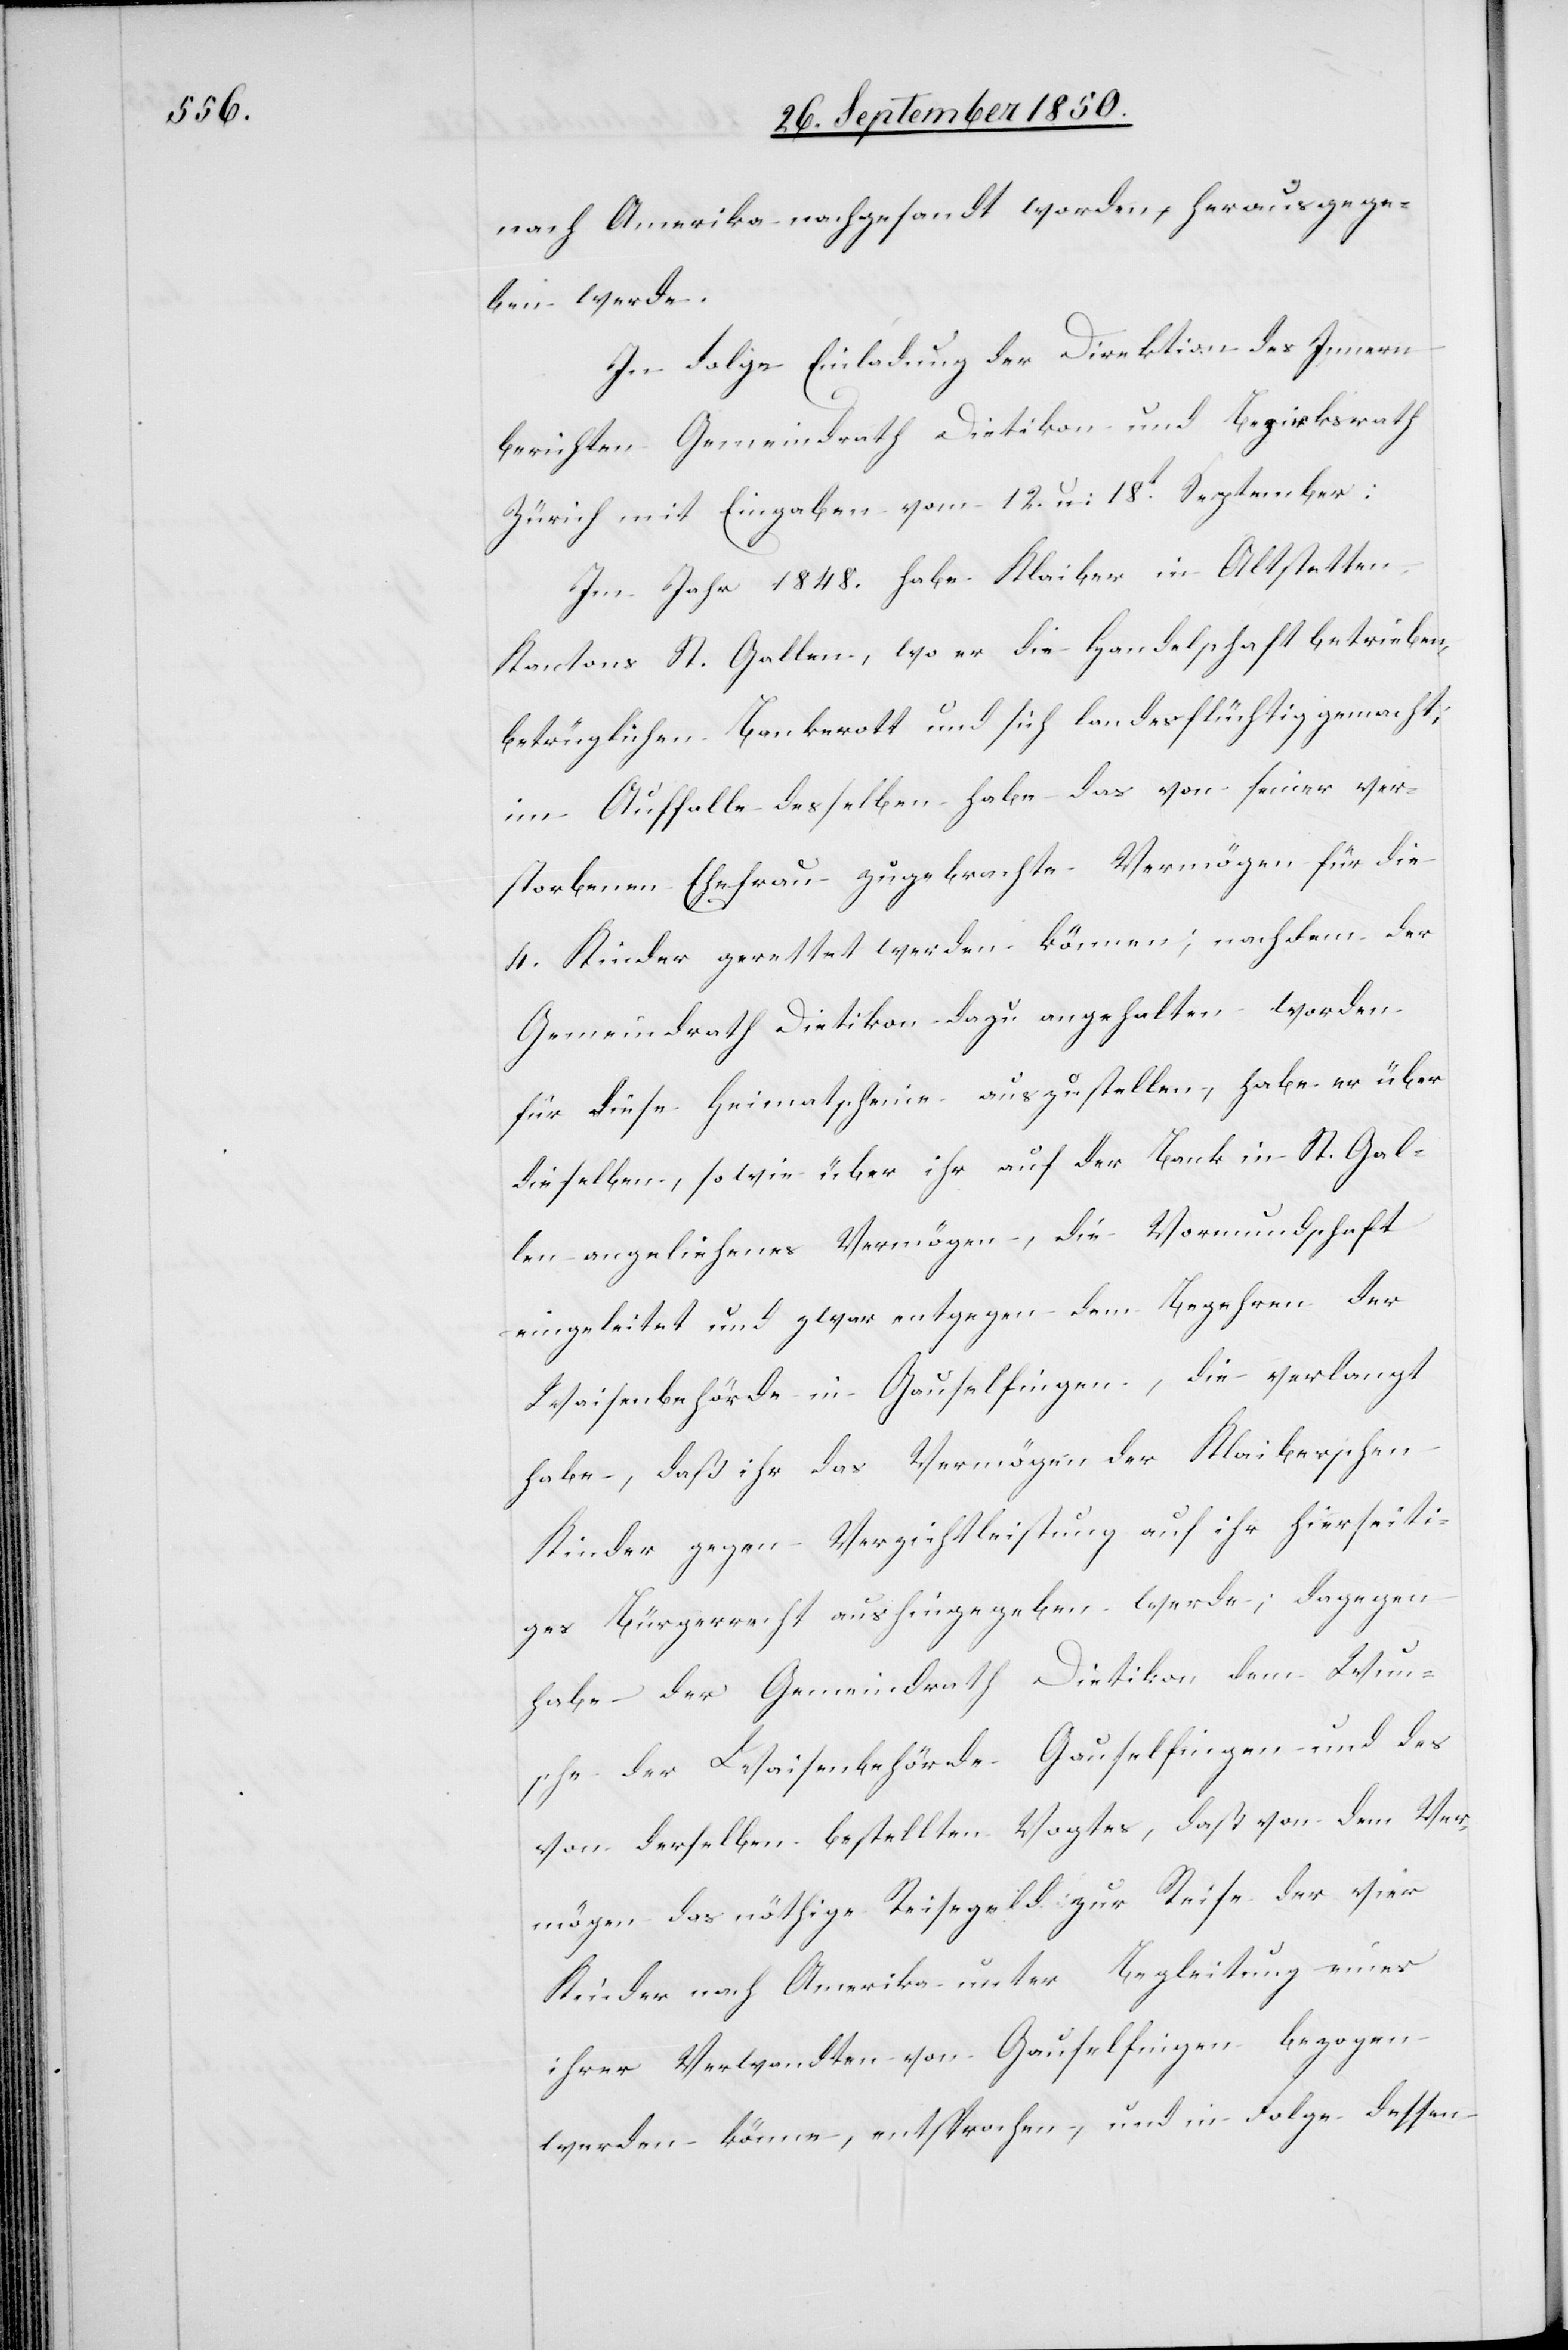
nach Amerika nachgesandt worden, herausgege¬
ben werde.
In Folge Einladung der Direktion des Innern
berichten Gemeindrath Dietikon und Bezirksrath
Zürich mit Eingaben vom 12. u: 18t September:
Im Jahr 1848. habe Klaiber in Altstetten
Kantons St. Gallen, wo er die Handelschaft betrieben,
betrüglichen Bankerott und sich landesflüchtig gemacht;
im Auffalle desselben habe das von seiner ver¬
storbenen Ehefrau zugebrachte Vermögen für die
4. Kinder gerettet werden können; nachdem der
Gemeindrath Dietikon dazu angehalten worden
für diese Heimatscheine auszustellen, habe er über
dieselben, so wie über ihr auf der Bank in St. Gal¬
len angeliehenes Vermögen, die Vormundschaft
eingeleitet und zwar entgegen dem Begehren der
Waisenbehörde in Gauselfingen, die verlangt
habe, daß ihr das Vermögen der Klaiberschen
Kinder gegen Verzichtleistung auf ihr hierseiti¬
ges Bürgerrecht aushingegeben werde; dagegen
habe der Gemeindrath Dietikon dem Wun¬
sche der Waisenbehörde Gauselfingen und des
von derselben bestellten Vogtes, daß von dem Ver¬
mögen das nöthige Reisegeld zur Reise der vier
Kinder nach Amerika unter Begleitung eines
ihrer Verwandten von Gauselfingen bezogen
werden könne, entsprochen, und in Folge dessen